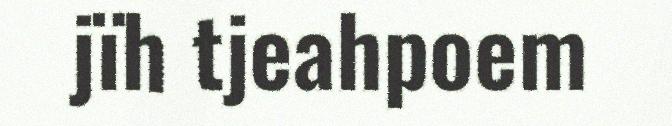
jïh tjeahpoem